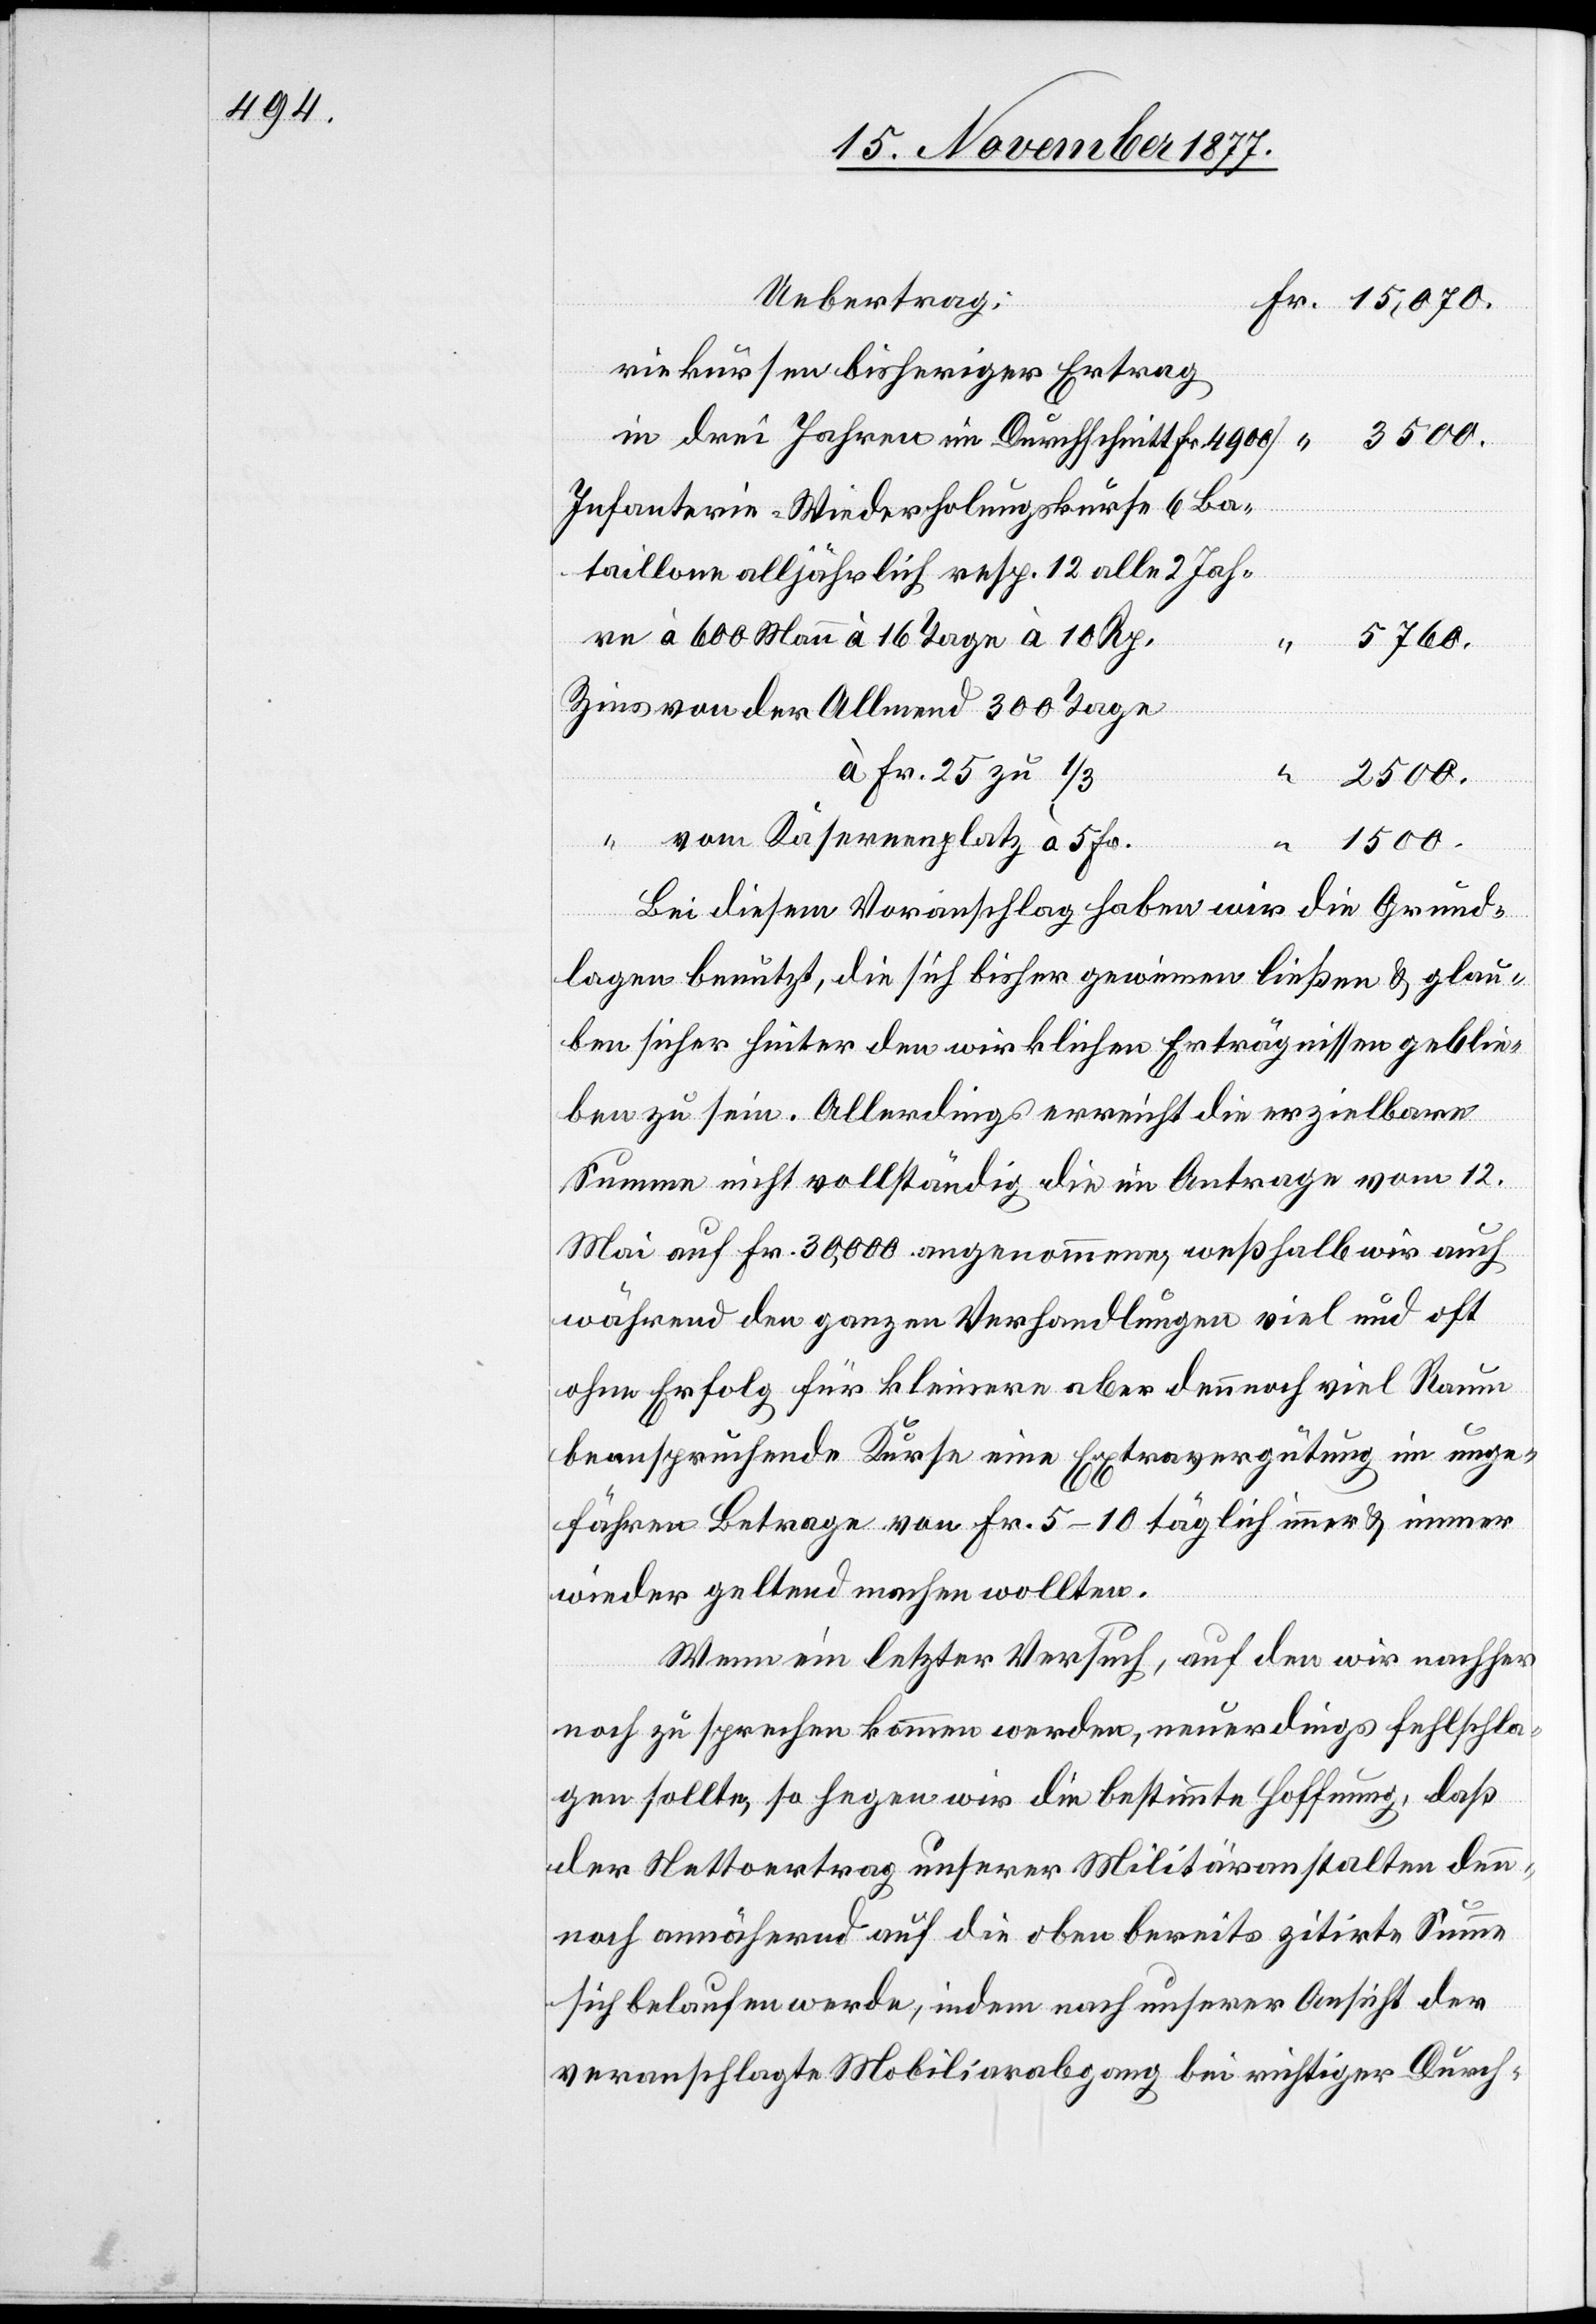
Uebertrag:
Fr. 15,070.
riekursen bisheriger Ertrag
in drei Jahren im Durchschnitt Fr. 4900]
Infanterie-Wiederholungskurse 6 Ba¬
taillone alljährlich resp. 12 alle 2 Jah¬
re à 600 Mann à 16 Tage à 10 Rp.
5760.
Zins von der Allmend 300 Tage
à Fr. 25 zu 1/3
“ 2500.
“ vom Kasernenplatz à 5 Fr.
“ 1500.
Bei diesem Voranschlag haben wir die Grund¬
lagen benutzt, die sich bisher gewinnen ließen& glau¬
ben sicher hinter den wirklichen Erträgnissen geblie¬
ben zu sein. Allerdings erreicht die erzielbare
Summe nicht vollständig die im Antrage vom 12.
Mai auf Fr. 30,000 angenommene, weßhalb wir auch
während den ganzen Verhandlungen viel und oft
ohne Erfolg für kleinere aber dennnoch viel Raum
beanspruchende Kurse eine Extravergütung im unge¬
fähren Betrage von Fr. 5–10 täglich immer & immer
wieder geltend machen wollten.
Wenn ein letzter Versuch, auf den wir nachher
noch zu sprechen kommen werden, neuerdings fehlschla¬
gen sollte, so hegen wir die bestimmte Hoffnung, daß
der Nettoertrag unserer Militäranstalten den¬
nnoch annähernd auf die oben bereits zitirte Summe
sich belaufen werde, indem nach unserer Ansicht der
veranschlagte Mobiliarabgang bei richtiger Durch-